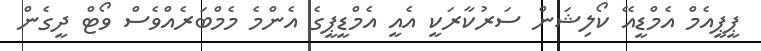
ޕީޕީއެމް އެމްޑީއޭ ކޯލިޝަން ސަރުކާރަކީ އެއީ އެމްޑީޕީގެ އެންމެ މެމްބަރެއްވެސް ވޯޓް ދީގެން